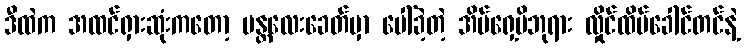
ဒီထဲက အထင်ရှားဆုံးကတော့ မန္တလေးခေတ်မှာ ပေါ်ခဲ့တဲ့ အိမ်ရှေ့မိဘုရား လှိုင်ထိပ်ခေါင်တင်နဲ့